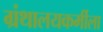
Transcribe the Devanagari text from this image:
ग्रंथालयकर्मीला